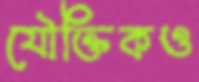
যৌক্তিকও